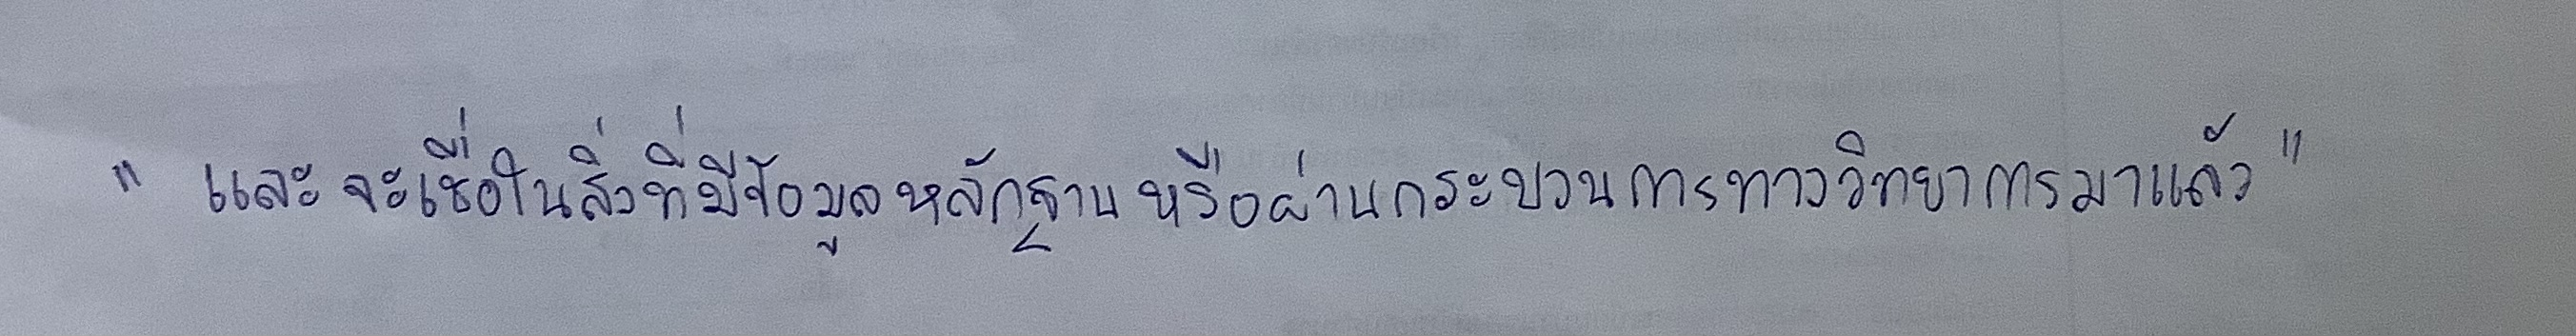
"และจะเชื่อในสิ่งที่มีข้อมูลหลักฐานหรือผ่านกระบวนการทางวิทยาการมาแล้ว"